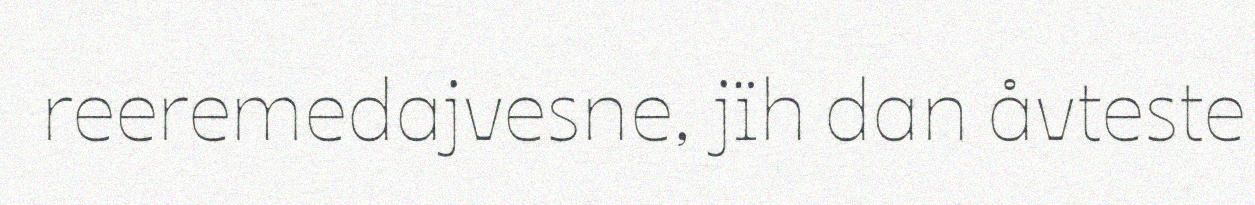
reeremedajvesne, jïh dan åvteste